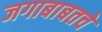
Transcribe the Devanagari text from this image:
जगाबाबतचे